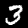
Digit: 3